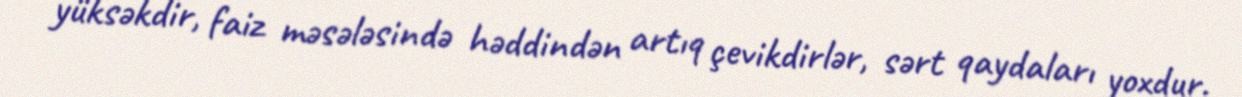
yüksəkdir, faiz məsələsində həddindən artıq çevikdirlər, sərt qaydaları yoxdur.